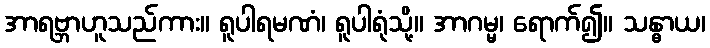
အာရဗ္ဘာဟူသည်ကား။ ရူပါရမဏံ၊ ရူပါရုံသို့။ အာဂမ္မ၊ ရောက်၍။ သန္ဓာယ၊